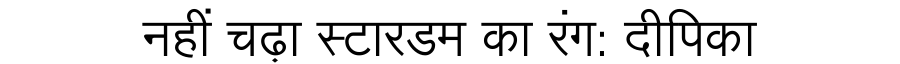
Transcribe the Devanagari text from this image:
नहीं चढ़ा स्टारडम का रंग: दीपिका